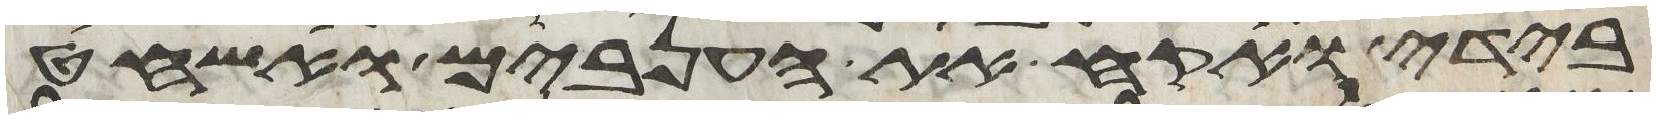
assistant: בידי ואקח את הענבים ואשחט